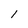
Character: l